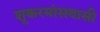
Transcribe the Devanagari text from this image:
शूकरमांसवासी